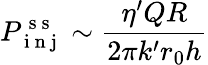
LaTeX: P_{\mathrm{~i~n~j~}}^{\mathrm{~s~s~}}\sim\frac{\eta^{\prime}QR}{2\pi k^{\prime}r_{0}h}